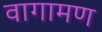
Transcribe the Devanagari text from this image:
वागामण